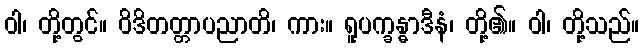
ဝါ၊ တို့တွင်။ ဝိဒိတတ္တာပညာတိ၊ ကား။ ရူပက္ခန္ဓာဒီနံ၊ တို့၏။ ဝါ၊ တို့သည်။